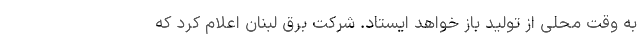
به وقت محلی از تولید باز خواهد ایستاد. شرکت برق لبنان اعلام کرد که